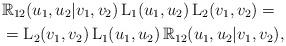
LaTeX: \begin{align*}&\mathbb{R}_{12}(u_1,u_2|v_1,v_2)\,\mathrm{L}_1(u_1,u_2)\,\mathrm{L}_2(v_1,v_2)= \\&=\mathrm{L}_2(v_1,v_2)\,\mathrm{L}_1(u_1,u_2)\,\mathbb{R}_{12}(u_1,u_2|v_1,v_2),\end{align*}